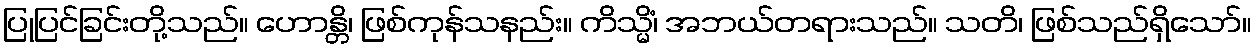
ပြုပြင်ခြင်းတို့သည်။ ဟောန္တိ၊ ဖြစ်ကုန်သနည်း။ ကိသ္မိံ၊ အဘယ်တရားသည်။ သတိ၊ ဖြစ်သည်ရှိသော်။